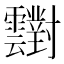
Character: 𲊑